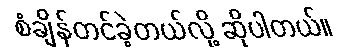
စံချိန်တင်ခဲ့တယ်လို့ ဆိုပါတယ်။